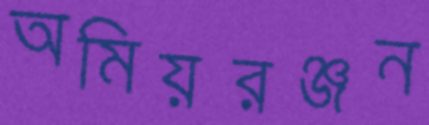
অমিয়রঞ্জন